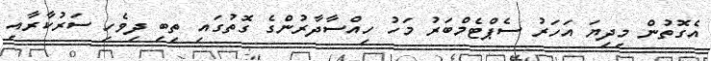
އެގޮތުން މިދިޔަ އަހަރު ސެޕްޓެމްބަރު މަހު ހިއްސާދާރުންގެ ގޮތުގައި ތިބި ދިވެހި ސަރުކާރާއި